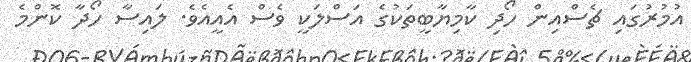
އުމުރުގައި ޗެސްއިން ހޯދި ކާމިޔާބީތަކުގެ އަސްލަކީ ވެސް އެއީއެވެ. ލައިސާ ހޯދާ ކޮންމެ